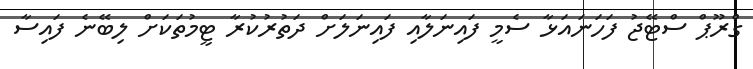
ގްރޫޕް ސްޓޭޖު ފަހަނައަޅާ ސެމީ ފައިނަލާއި ފައިނަލަށް ދަތުރުކުރާ ޓީމުތަކަށް ލިބޭނެ ފައިސާ